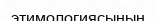
этимологиясының